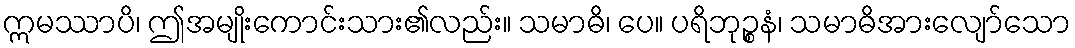
ဣမဿာပိ၊ ဤအမျိုးကောင်းသား၏လည်း။ သမာဓိ၊ ပေ။ ပရိဘုဉ္စနံ၊ သမာဓိအားလျော်သော